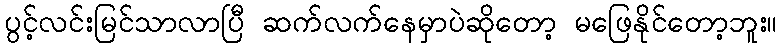
ပွင့်လင်းမြင်သာလာပြီ ဆက်လက်နေမှာပဲဆိုတော့ မဖြေနိုင်တော့ဘူး။